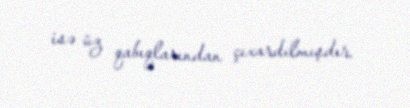
isə üz qabıqlarından çıxardılmışdır.